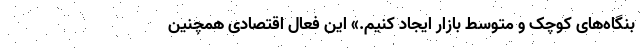
بنگاه‌های کوچک و متوسط بازار ایجاد کنیم.» این فعال اقتصادی همچنین